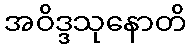
အဝိဒ္ဒသုနောတိ